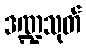
ဒဏ္ဍသုတ်